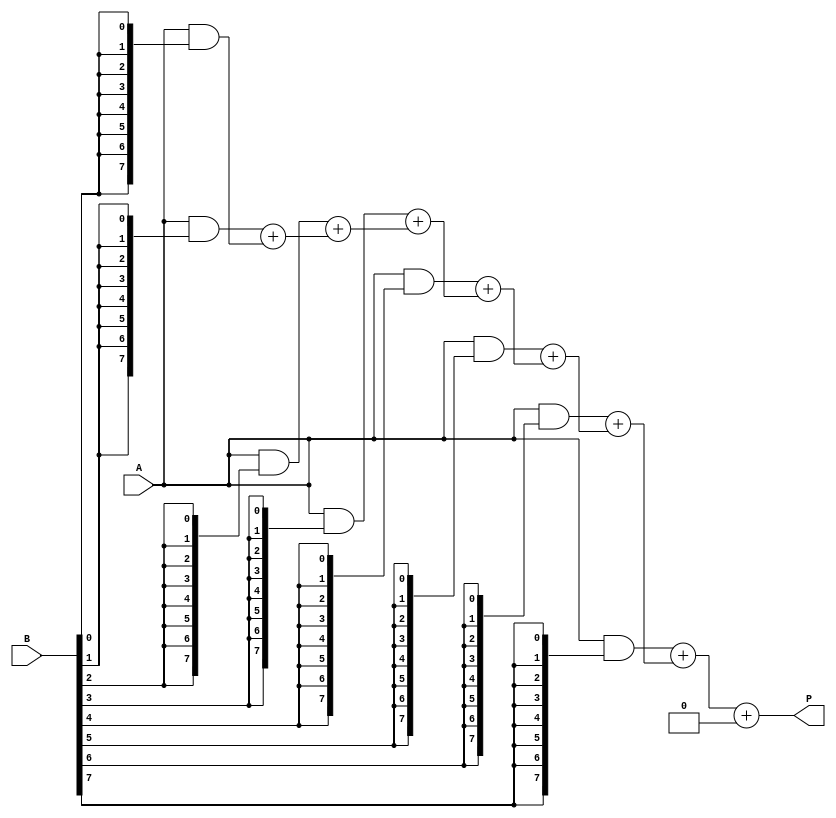
module wallace_tree_multiplier #(parameter N = 8) (
    input [N-1:0] A,
    input [N-1:0] B,
    output reg [2*N-1:0] P
);

    // Generate partial products
    wire [N-1:0] pp [0:N-1]; // Partial products
    genvar i;
    generate
        for (i = 0; i < N; i = i + 1) begin : pp_gen
            assign pp[i] = A & {N{B[i]}}; // AND operation to generate partial products
        end
    endgenerate

    // Wallace Tree Reduction
    wire [2*N-1:0] sum [0:N-1]; // Sums of partial products
    wire [N-1:0] carry [0:N-1]; // Carries from adders

    // Stage 1: Combine partial products using half adders and full adders
    integer j;
    always @(*) begin
        for (j = 0; j < N; j = j + 1) begin
            if (j == 0) begin
                sum[j] = pp[j];
                carry[j] = 0;
            end else if (j == 1) begin
                {carry[j], sum[j]} = pp[j] + pp[j-1];
            end else begin
                {carry[j], sum[j]} = pp[j] + sum[j-1];
            end
        end
    end

    // Stage 2: Further reduction
    wire [2*N-1:0] final_sum;
    wire [N-1:0] final_carry;

    always @(*) begin
        final_sum = sum[N-1] + carry[N-1];
        P = final_sum; // Final product
    end

endmodule